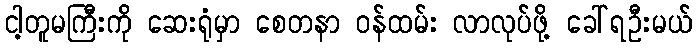
ငါ့တူမကြီးကို ဆေးရုံမှာ စေတနာ ဝန်ထမ်း လာလုပ်ဖို့ ခေါ်ရဦးမယ်